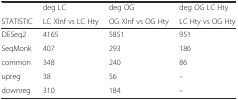
<table><thead><tr><td></td><td><b>deg LC</b></td><td><b>deg OG</b></td><td><b>deg OG LC Hty</b></td></tr><tr><td><b>STATISTIC</b></td><td><b>LC XInf vs LC Hty</b></td><td><b>OG XInf vs OG Hty</b></td><td><b>LC Hty vs OG Hty</b></td></tr></thead><tbody><tr><td>DESeq2</td><td>4165</td><td>5851</td><td>951</td></tr><tr><td>SeqMonk</td><td>407</td><td>293</td><td>186</td></tr><tr><td>common</td><td>348</td><td>240</td><td>86</td></tr><tr><td>upreg</td><td>38</td><td>56</td><td>–</td></tr><tr><td>downreg</td><td>310</td><td>184</td><td>–</td></tr></tbody></table>